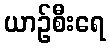
ယာဉ်စီးရေ